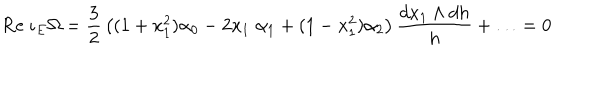
\mathrm { R e } \; \iota _ { E } \Omega = { \frac { 3 } { 2 } } \left( ( 1 + x _ { 1 } ^ { 2 } ) \alpha _ { 0 } - 2 x _ { 1 } \; \alpha _ { 1 } + ( 1 - x _ { 1 } ^ { 2 } ) \alpha _ { 2 } \right) { \frac { d x _ { 1 } \wedge d h } { h } } + \ldots = 0